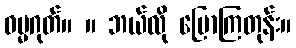
ဓမ္မဂုတ်။ ။ ဘယ်လို ပြောကြတုန်း။